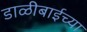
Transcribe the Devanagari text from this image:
डाळीबाईच्या